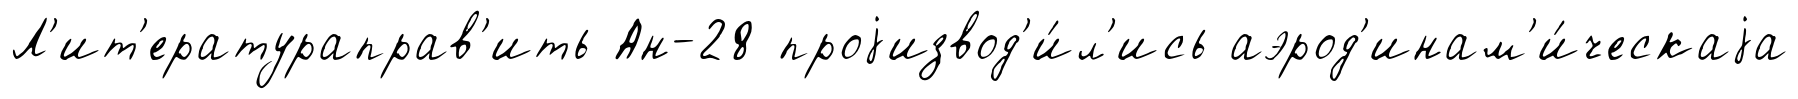
Л'ит'ератураправ'ить Ан-28 проjизвод'и́л'ись аэрод'инам'и́ческаjа